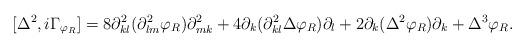
LaTeX: \begin{align*}[\Delta^{2},i\Gamma_{\varphi_{R}}]=8\partial^{2}_{kl}(\partial^{2}_{lm}\varphi_{R})\partial^{2}_{mk}+4\partial_{k}(\partial^{2}_{kl}\Delta\varphi_{R})\partial_{l}+2\partial_{k}(\Delta^{2}\varphi_{R})\partial_{k}+\Delta^{3}\varphi_{R}.\end{align*}